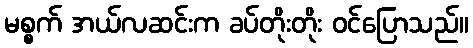
မစ္စက် အယ်လဆင်းက ခပ်တိုးတိုး ဝင်ပြောသည်။